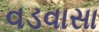
વડવાસા